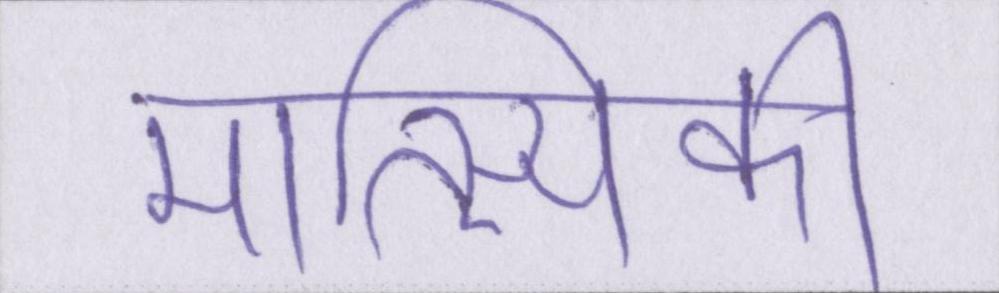
मात्स्यिकी